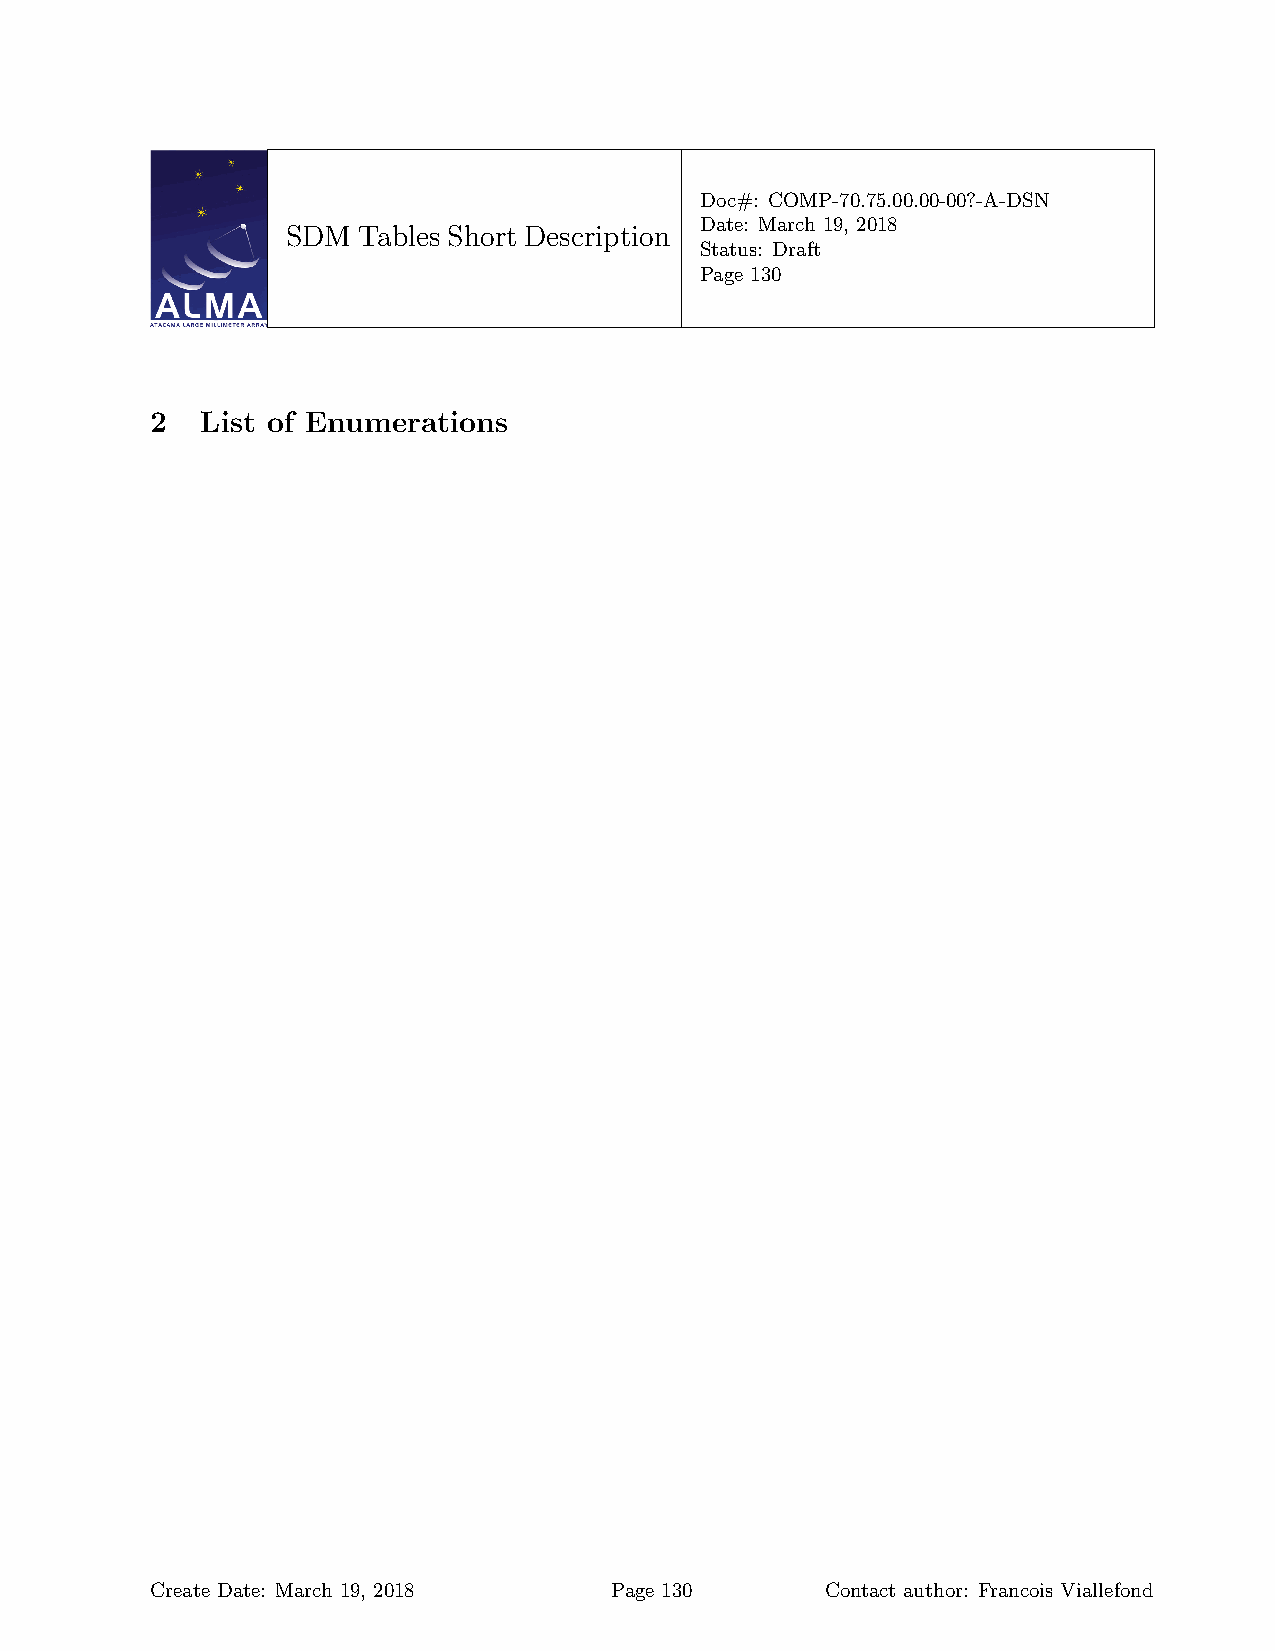
Doc#: COMP-70.75.00.00-00?-A-DSN
 Date: March 19, 2018
 SDM  Tables Short Description
 Status: Draft
 Page 130
 2  List of Enumerations
 Create Date: March 19, 2018   Page 130       Contact author: Francois Viallefond